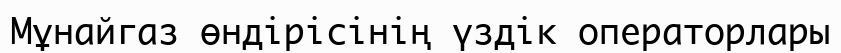
Мұнайгаз өндірісінің үздік операторлары